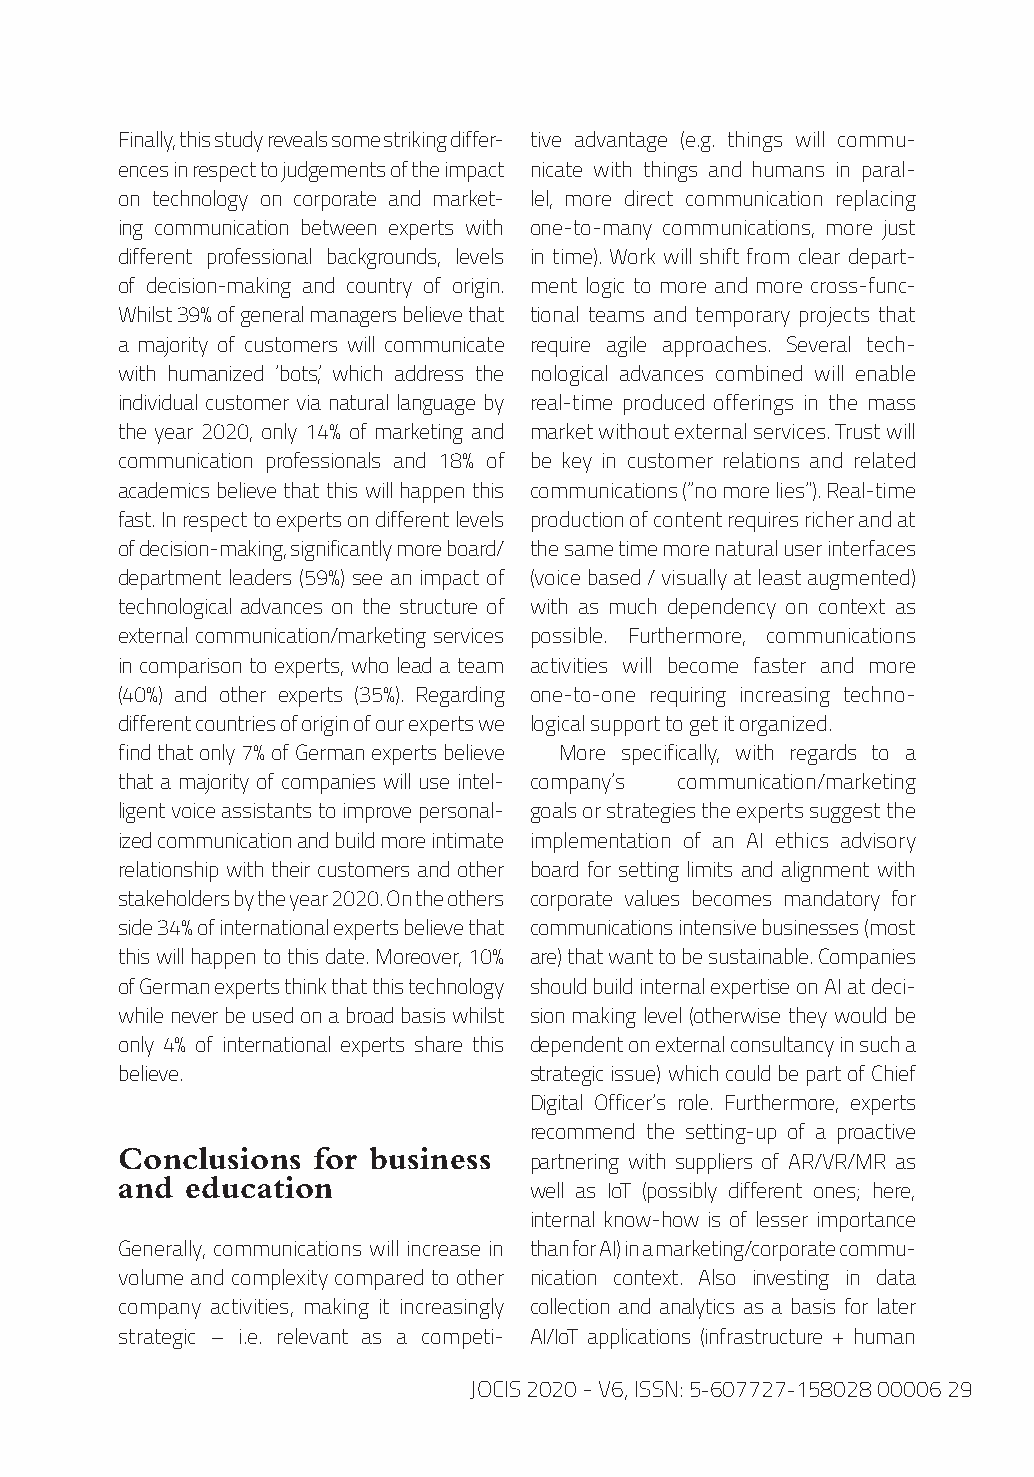
Finally, this study reveals some striking differ- tive advantage (e.g. things will commu-
 ences in respect to judgements of the impact nicate with things and humans in paral-
 on technology on corporate and market- lel, more direct communication replacing
 ing communication between experts with one-to-many communications, more just
 different professional backgrounds, levels in time). Work will shift from clear depart-
 of decision-making and country of origin. ment logic to more and more cross-func-
 Whilst 39% of general managers believe that tional teams and temporary projects that
 a majority of customers will communicate require agile approaches. Several tech-
 with humanized ‘bots’, which address the nological advances combined will enable
 individual customer via natural language by real-time produced offerings in the mass
 the year 2020, only 14% of marketing and market without external services. Trust will
 communication professionals and 18% of be key in customer relations and related
 academics believe that this will happen this communications (“no more lies”). Real-time
 fast. In respect to experts on different levels production of content requires richer and at
 of decision-making, significantly more board/ the same time more natural user interfaces
 department leaders (59%) see an impact of (voice based / visually at least augmented)
 technological advances on the structure of with as much dependency on context as
 external communication/marketing services possible. Furthermore, communications
 in comparison to experts, who lead a team activities will become faster and more
 (40%) and other experts (35%). Regarding one-to-one requiring increasing techno-
 different countries of origin of our experts we logical support to get it organized.
 find that only 7% of German experts believe More specifically, with regards to a
 that a majority of companies will use intel- company’s communication/marketing
 ligent voice assistants to improve personal- goals or strategies the experts suggest the
 ized communication and build more intimate implementation of an AI ethics advisory
 relationship with their customers and other board for setting limits and alignment with
 stakeholders by the year 2020. On the others corporate values becomes mandatory for
 side 34% of international experts believe that communications intensive businesses (most
 this will happen to this date. Moreover, 10% are) that want to be sustainable. Companies
 of German experts think that this technology should build internal expertise on AI at deci-
 while never be used on a broad basis whilst sion making level (otherwise they would be
 only 4% of international experts share this dependent on external consultancy in such a
 believe.                   strategic issue) which could be part of Chief
 Digital Officer’s role. Furthermore, experts
 recommend the setting-up of a proactive
 Conclusions  for business
 partnering with suppliers of AR/VR/MR as
 and education
 well as IoT (possibly different ones; here,
 internal know-how is of lesser importance
 Generally, communications will increase in than for AI) in a marketing/corporate commu-
 volume and complexity compared to other nication context. Also investing in data
 company activities, making it increasingly collection and analytics as a basis for later
 strategic – i.e. relevant as a competi- AI/IoT applications (infrastructure + human
 JOCIS 2020 - V6, ISSN: 5-607727-158028 00006 29